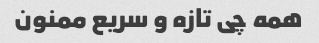
همه چی تازه و سریع ممنون